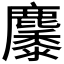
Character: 𪋩